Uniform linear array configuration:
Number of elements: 64
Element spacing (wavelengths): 1
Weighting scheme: exponential
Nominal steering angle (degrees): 30
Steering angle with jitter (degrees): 28.077
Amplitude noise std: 0.05
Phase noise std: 0.05

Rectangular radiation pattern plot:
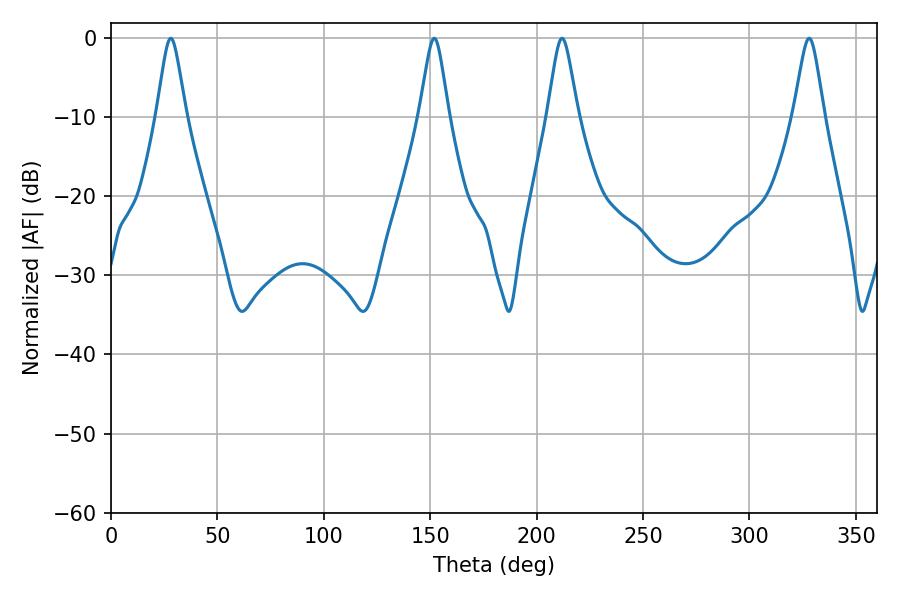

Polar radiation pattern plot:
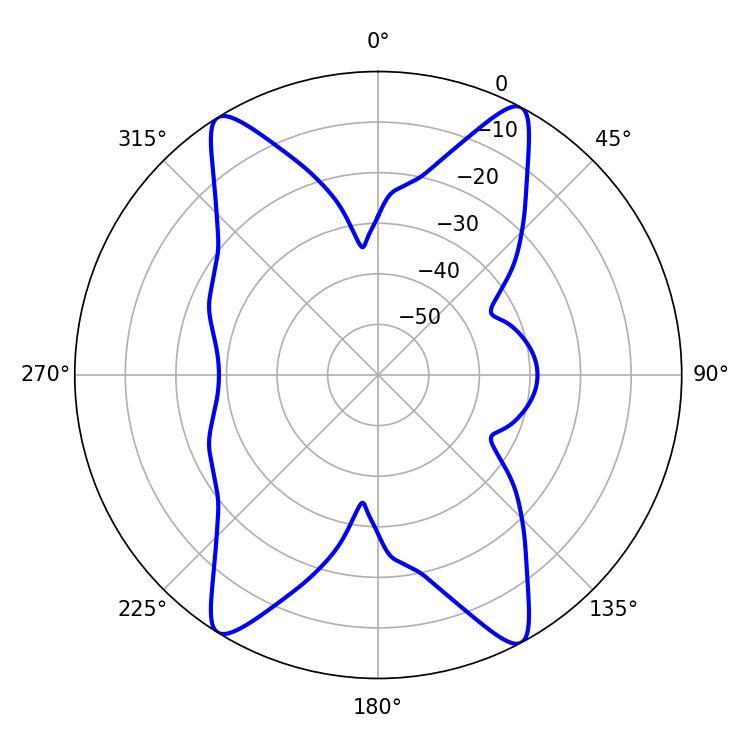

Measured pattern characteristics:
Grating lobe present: TRUE
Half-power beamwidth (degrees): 6.48
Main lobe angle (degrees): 28.08